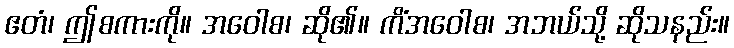
ဧတံ၊ ဤစကားကို။ အဝေါစ၊ ဆို၏။ ကိံအဝေါစ၊ အဘယ်သို့ ဆိုသနည်း။